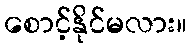
စောင့်နိုင်မလား။